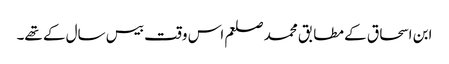
ابن اسحاق کے مطابق محمد صلعم اس وقت بیس سال کے تھے۔